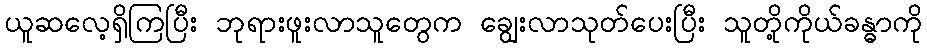
ယူဆလေ့ရှိကြပြီး ဘုရားဖူးလာသူတွေက ချွေးလာသုတ်ပေးပြီး သူတို့ကိုယ်ခန္ဓာကို